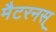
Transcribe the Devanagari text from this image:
मैटरनस्